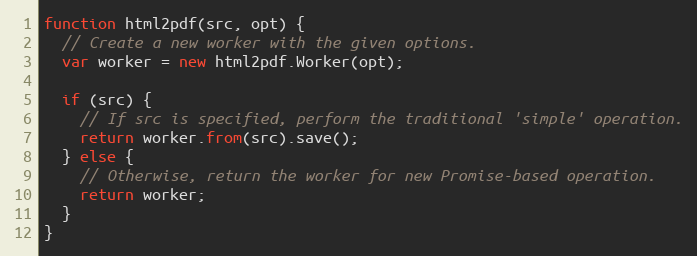
Language: JavaScript
function html2pdf(src, opt) {
  // Create a new worker with the given options.
  var worker = new html2pdf.Worker(opt);

  if (src) {
    // If src is specified, perform the traditional 'simple' operation.
    return worker.from(src).save();
  } else {
    // Otherwise, return the worker for new Promise-based operation.
    return worker;
  }
}